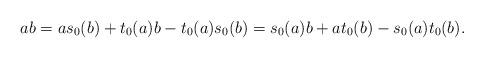
LaTeX: \begin{align*}ab = a s_0(b) + t_0(a) b - t_0(a) s_0(b) = s_0(a) b + a t_0(b) - s_0(a) t_0(b).\end{align*}